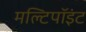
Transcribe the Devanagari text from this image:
मल्टिपॉइंट